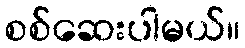
စစ်ဆေးပါမယ်။